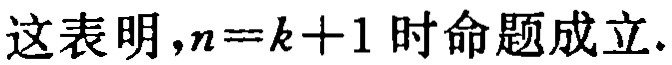
这表明，\(n = k + 1\) 时命题成立.